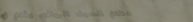
مطعم السيف الرياضي يقدم ل